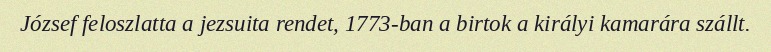
József feloszlatta a jezsuita rendet, 1773-ban a birtok a királyi kamarára szállt.